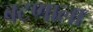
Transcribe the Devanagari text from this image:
बटणाला